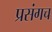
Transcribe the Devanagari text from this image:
प्रसंगच